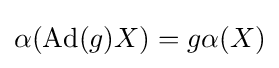
\alpha (\operatorname {Ad} (g)X)=g\alpha (X)